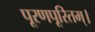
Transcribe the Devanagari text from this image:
पूरणपूरितम्।